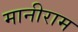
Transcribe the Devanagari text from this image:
मानीराम